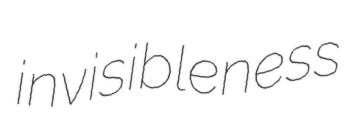
invisibleness